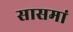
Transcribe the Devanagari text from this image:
सासमां